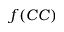
f ( C C )